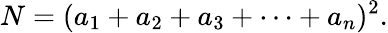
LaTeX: N=(a_{1}+a_{2}+a_{3}+\dotsb+a_{n})^{2}.